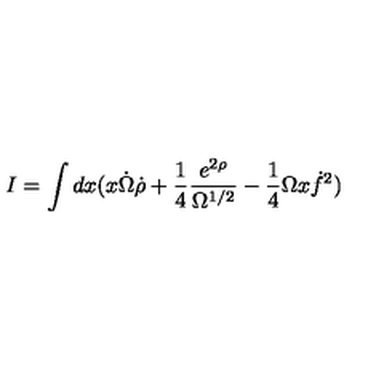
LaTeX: I = \int d x ( x \dot { \Omega } \dot { \rho } + \frac { 1 } { 4 } \frac { e ^ { 2 \rho } } { \Omega ^ { 1 / 2 } } - \frac { 1 } { 4 } \Omega x \dot { f } ^ { 2 } )